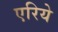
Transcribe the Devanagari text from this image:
एरिये